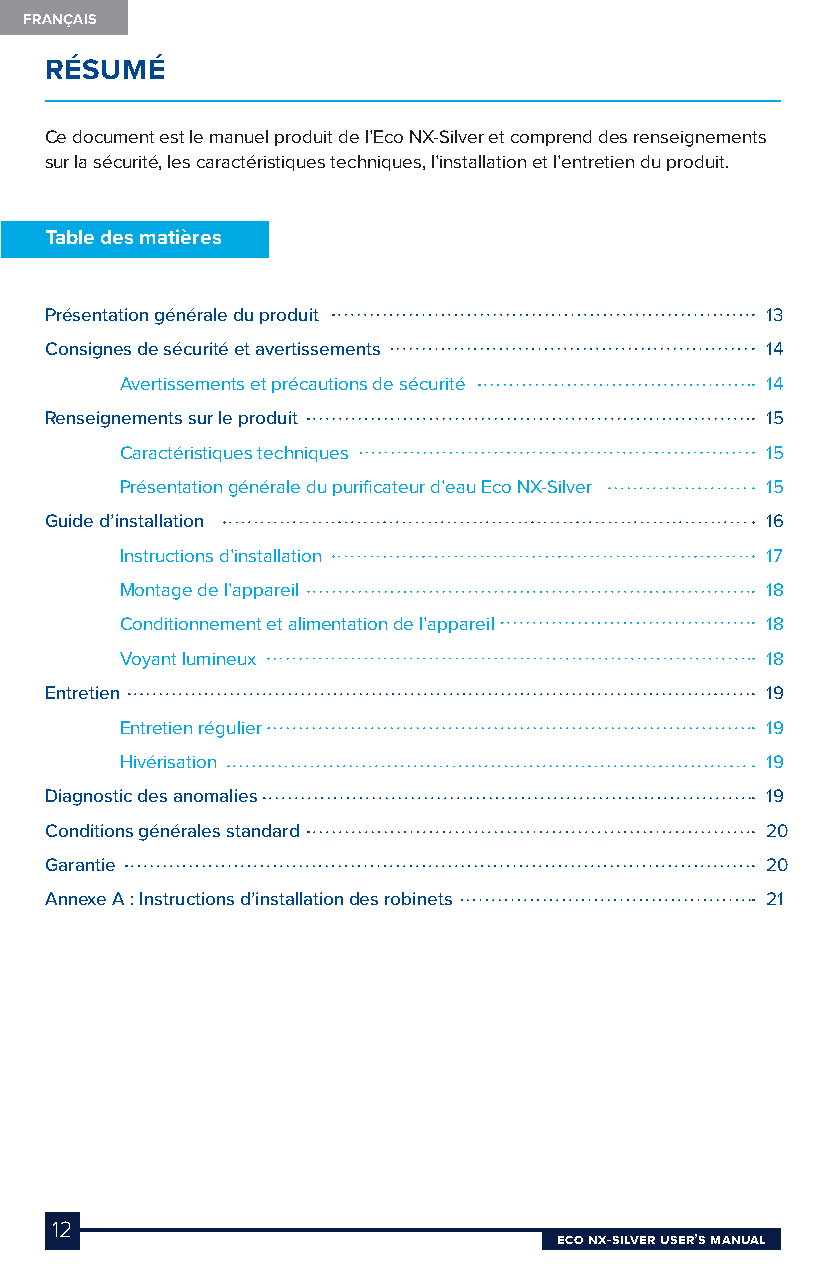
FRANÇAIS
 RÉSUMÉ
 Ce document est le manuel produit de l’Eco NX-Silver et comprend des renseignements
 sur la sécurité, les caractéristiques techniques, l’installation et l’entretien du produit.
 Table des matières
 Présentation générale du produit                13
 Consignes de sécurité et avertissements         14
 Avertissements et précautions de sécurité  14
 Renseignements sur le produit                   15
 Caractéristiques techniques                15
 Présentation générale du purificateur d’eau Eco NX-Silver 15
 Guide d’installation                            16
 Instructions d’installation                17
 Montage de l’appareil                      18
 Conditionnement et alimentation de l’appareil 18
 Voyant lumineux                            18
 Entretien                                       19
 Entretien régulier                         19
 Hivérisation                               19
 Diagnostic des anomalies                        19
 Conditions générales standard                   20
 Garantie                                        20
 Annexe A : Instructions d’installation des robinets 21
 12
 Eco NX-SilvEr USEr’S MaNUal